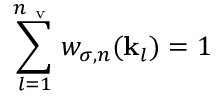
\sum _ { l = 1 } ^ { n _ { \mathrm { ~ v ~ } } } w _ { \sigma , n } ( \mathbf { k } _ { l } ) = 1